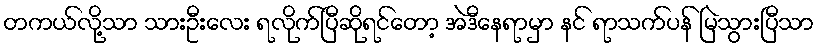
တကယ်လို့သာ သားဦးလေး ရလိုက်ပြီဆိုရင်တော့ အဲဒီနေရာမှာ နင် ရာသက်ပန် မြဲသွားပြီသာ